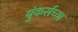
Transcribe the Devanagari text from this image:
युंकर्सच्या